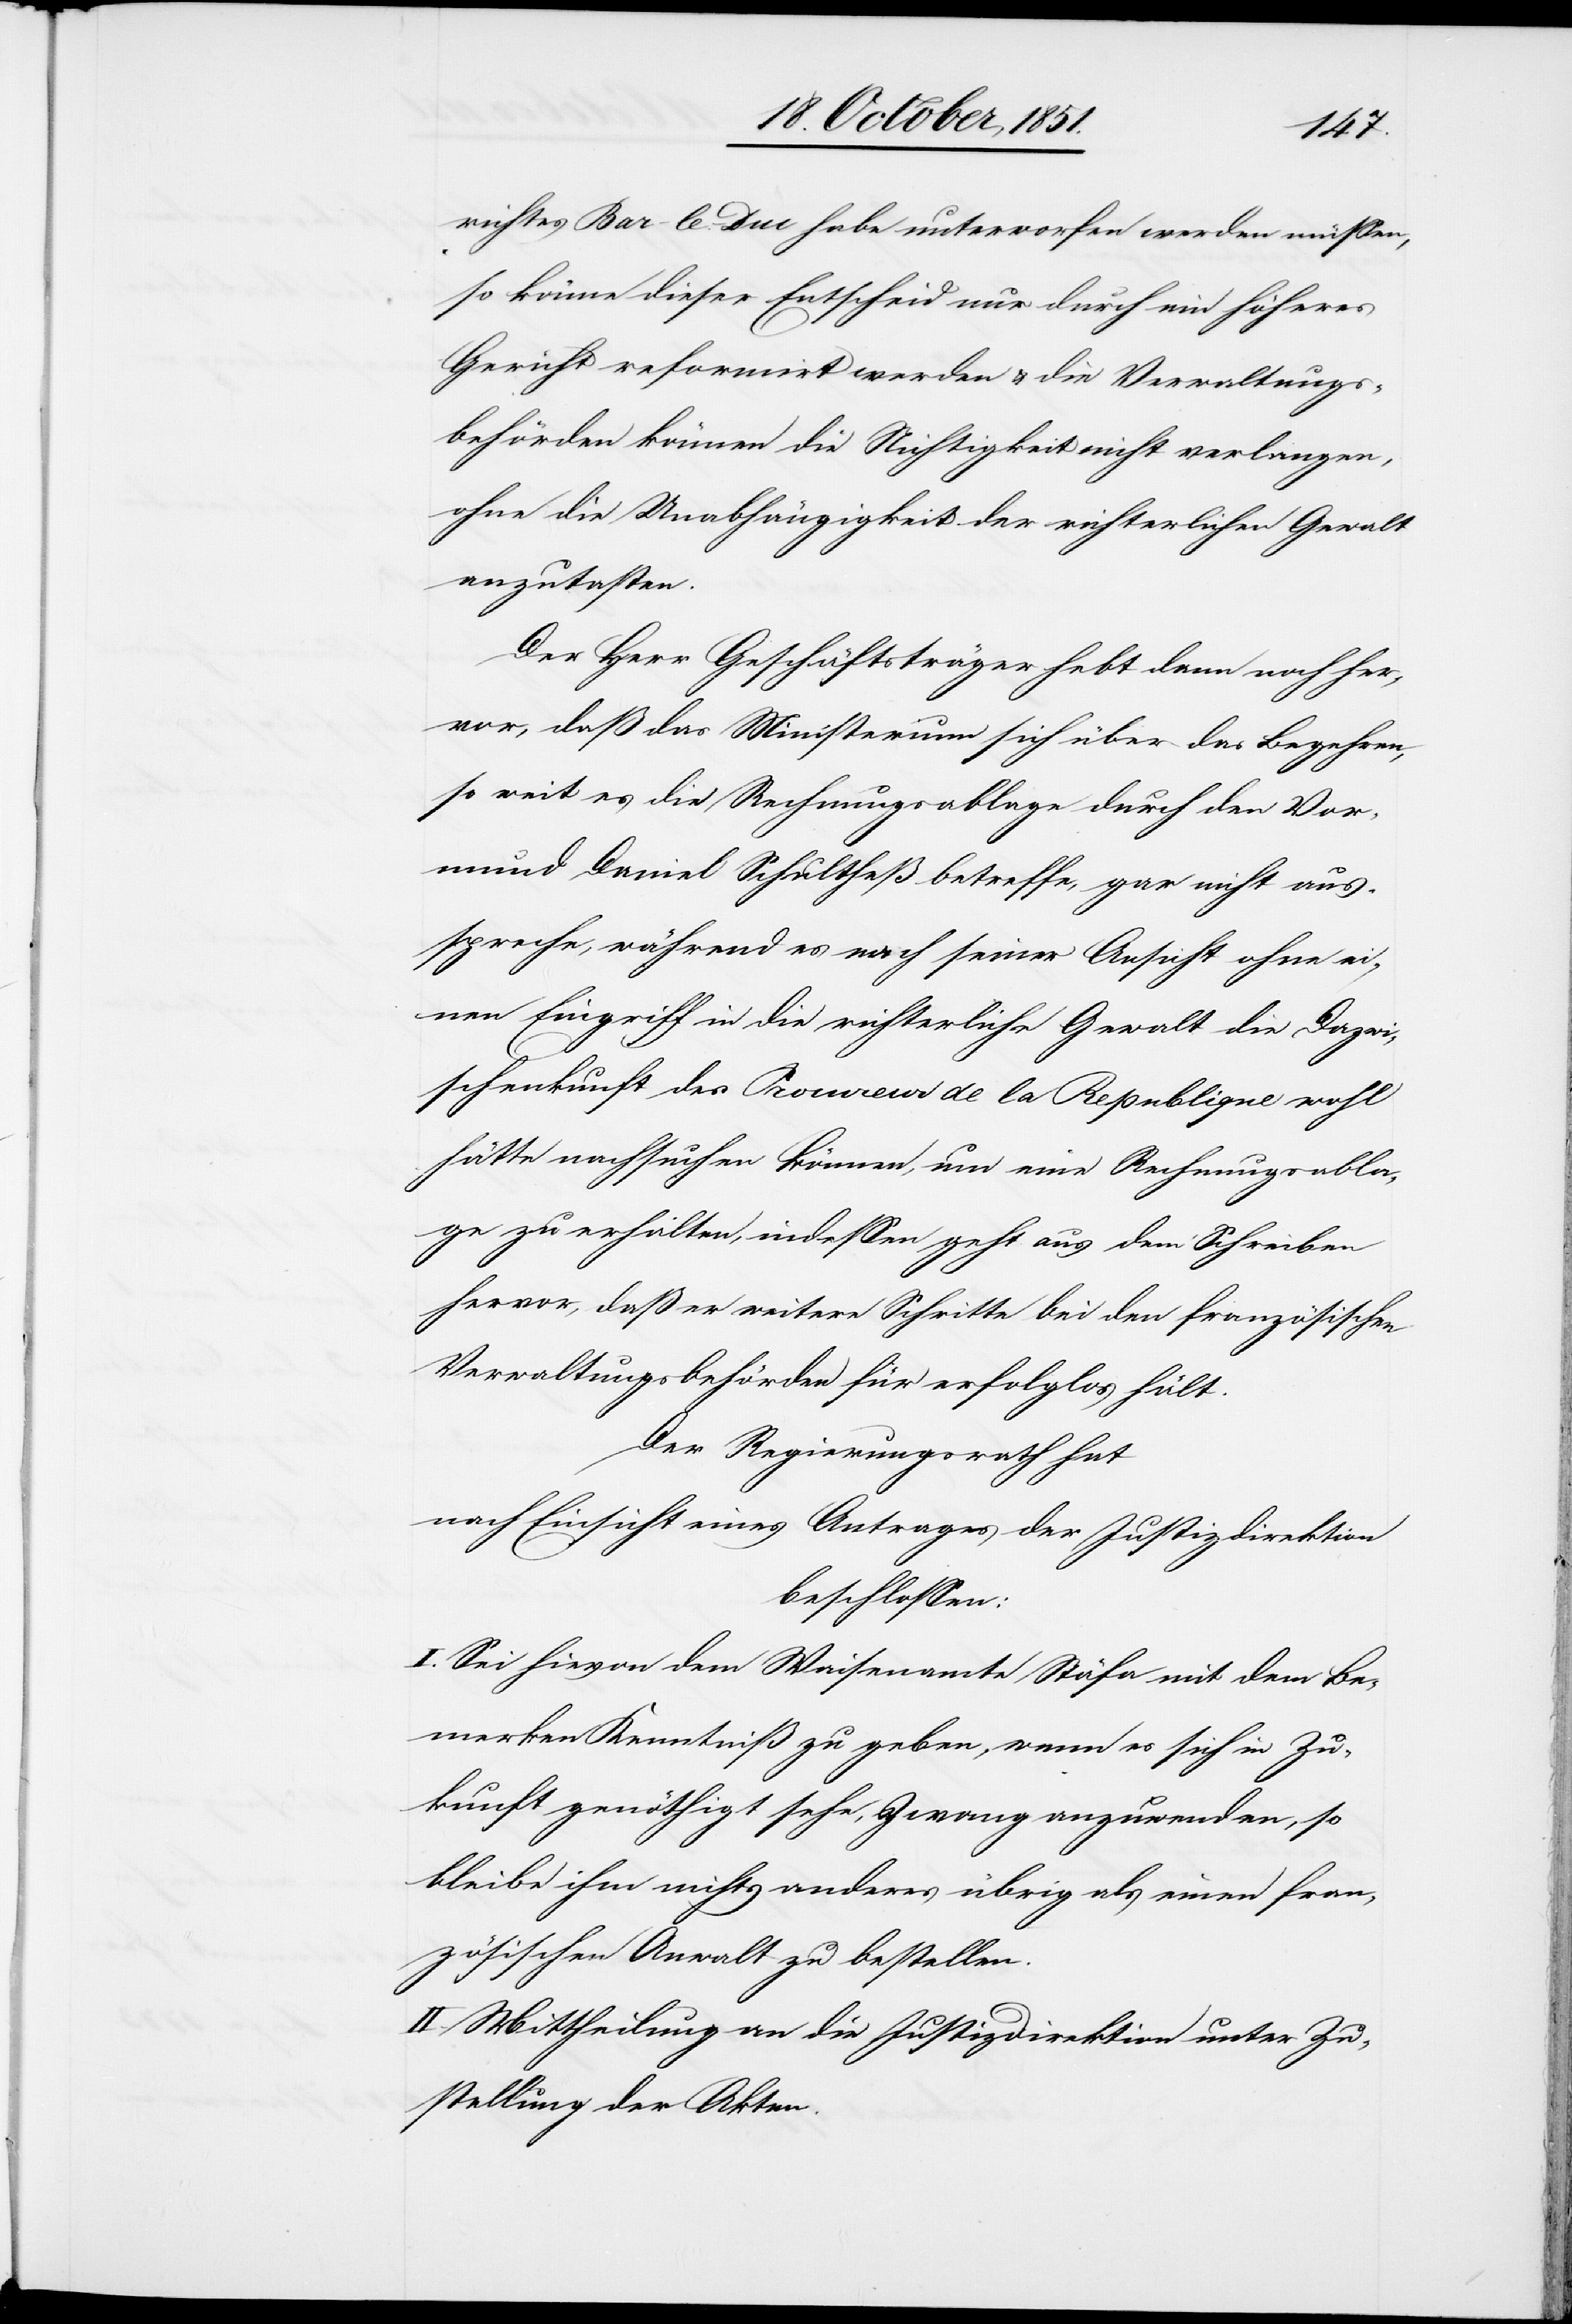
richtes Bar-le-Duc habe unterworfen werden müssen,
so könne dieser Entscheid nur durch ein höheres
Gericht reformirt werden & die Verwaltungs¬
behörden können die Nichtigkeit nicht verlangen,
ohne die Unabhängigkeit der richterlichen Gewalt
anzutasten.
Der Herr Geschäftsträger hebt dann noch her¬
vor, daß das Ministerium sich über das Begehren,
so weit es die Rechnungsablage durch den Vor¬
mund Daniel Schultheß betreffe, gar nicht aus¬
spreche, während es nach seiner Ansicht ohne ei¬
nen Eingriff in die richterliche Gewalt die Dazwi¬
schenkunft des Procureur de la Republique wohl
hätte nachsuchen können, um eine Rechnungsabla¬
ge zu erhalten, indessen geht aus dem Schreiben
hervor, daß er weitere Schritte bei den französischen
Verwaltungsbehörden für erfolglos hält.
Der Regierungsrath hat
nach Einsicht eines Antrages der Justizdirektion
beschlossen:
I. Sei hievon dem Waisenamte Stäfa mit dem Be¬
merken Kenntniß zu geben, wenn es sich in Zu¬
kunft genöthigt sehe, Zwang anzuwenden, so
bleibe ihm nichts anderes übrig als einen fran¬
zösischen Anwalt zu bestellen.
II. Mittheilung an die Justizdirektion unter Zu¬
stellung der Akten.